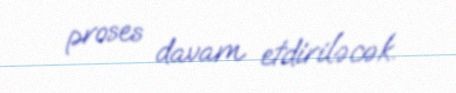
proses davam etdiriləcək.